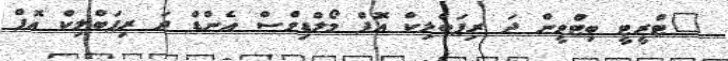
"ޓްރީޓީ ބިޓްވީން ދަ ރިޕަބްލިކް އޮފް މޯލްޑިވްސް އެންޑް ދަ ރިޕަބްލިކް އޮފް